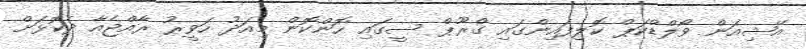
އޭޝިއަން ވޯލްޑްކަޕް ކޮލިފައިންގައި ގްރޫޕް ސީގައި ހޮންކޮން މިއަދު ހަވީރު ރާއްޖެއާ ދެކޮޅަށް